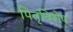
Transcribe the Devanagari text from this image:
पितृविशेष